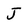
Character: J